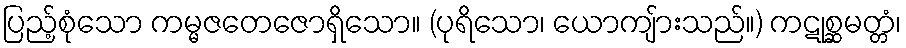
ပြည့်စုံသော ကမ္မဇတေဇောရှိသော။ (ပုရိသော၊ ယောကျ်ားသည်။) ကဋုစ္ဆမတ္တံ၊